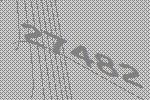
27482